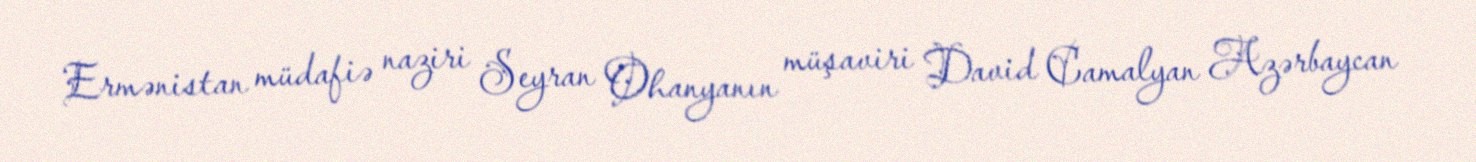
Ermənistan müdafiə naziri Seyran Ohanyanın müşaviri David Camalyan Azərbaycan